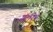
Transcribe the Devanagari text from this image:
गॅलोप